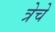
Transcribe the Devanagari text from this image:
त्रेचे